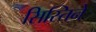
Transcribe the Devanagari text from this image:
सिस्तिने